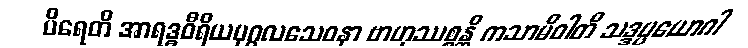
ပိရေတိ အာရဒ္ဓဝီရိယပုဂ္ဂလသေဝနာ ဗာဟုဿစ္စန္တိ ကသာမိဝါတိ သဒ္ဒပ္ပယောဂါ